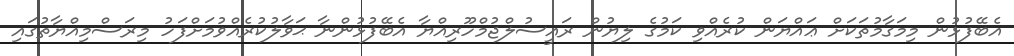
އެބޭފުޅުން މިމަގާމުތަކަށް ޢައްޔަން ކުރެއްވި ކަމުގެ ލިޔުން ރައީސުލްޖުމްހޫރިއްޔާ އެބޭފުޅުންނާ ޙަވާލުކުރެއްވުމަށްފަހު މިރަސްމިއްޔާތުގައި